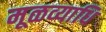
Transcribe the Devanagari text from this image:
मूळव्याधि